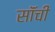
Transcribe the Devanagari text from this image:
सॉंची